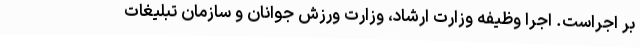
بر اجراست. اجرا وظیفه وزارت ارشاد، وزارت ورزش جوانان و سازمان تبلیغات